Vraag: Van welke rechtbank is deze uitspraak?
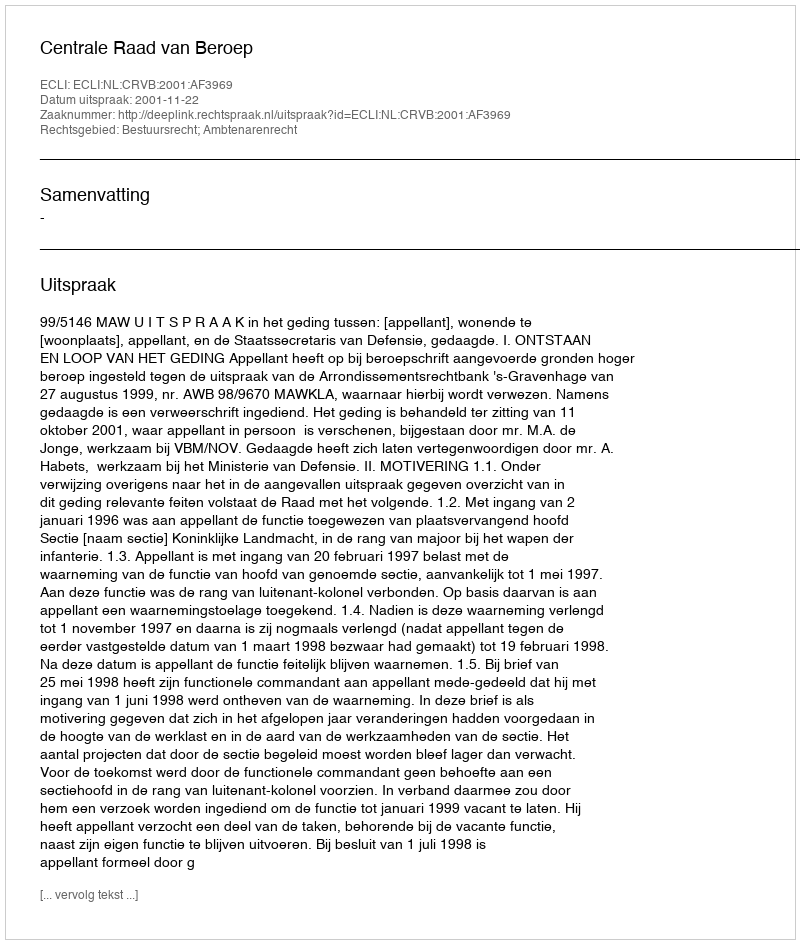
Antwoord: Centrale Raad van Beroep